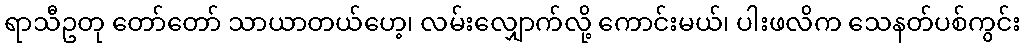
ရာသီဥတု တော်တော် သာယာတယ်ဟေ့၊ လမ်းလျှောက်လို့ ကောင်းမယ်၊ ပါးဖလိက သေနတ်ပစ်ကွင်း